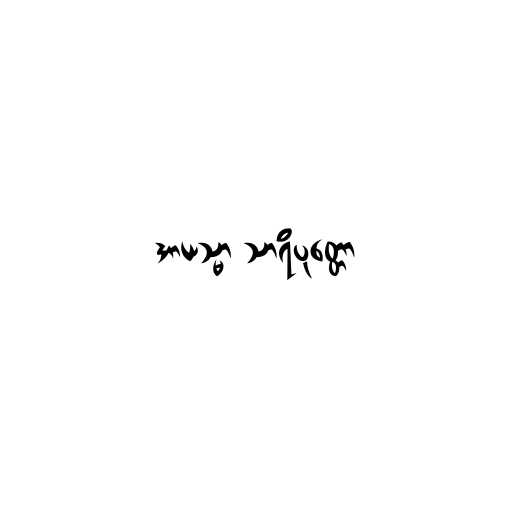
အာယသ္မာ သာရိပုတ္တော